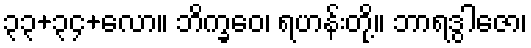
၃၃+၃၄+လော။ ဘိက္ခဝေ၊ ရဟန်းတို့။ ဘာရဒွါဇော၊